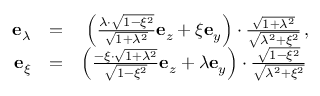
\begin{array} { r l r } { \mathbf { e } _ { \lambda } } & { = } & { \left( \frac { \lambda \cdot \sqrt { 1 - \xi ^ { 2 } } } { \sqrt { 1 + \lambda ^ { 2 } } } \mathbf { e } _ { z } + \xi \mathbf { e } _ { y } \right) \cdot \frac { \sqrt { 1 + \lambda ^ { 2 } } } { \sqrt { \lambda ^ { 2 } + \xi ^ { 2 } } } \, , } \\ { \mathbf { e } _ { \xi } } & { = } & { \left( \frac { - \xi \cdot \sqrt { 1 + \lambda ^ { 2 } } } { \sqrt { 1 - \xi ^ { 2 } } } \mathbf { e } _ { z } + \lambda \mathbf { e } _ { y } \right) \cdot \frac { \sqrt { 1 - \xi ^ { 2 } } } { \sqrt { \lambda ^ { 2 } + \xi ^ { 2 } } } \, } \end{array}